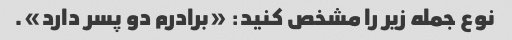
نوع جمله زیر را مشخص کنید: «برادرم دو پسر دارد».